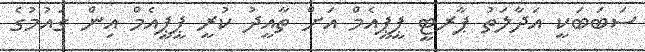
ސަބަބަކީ އަދާލަތު ޕާރޓީ ޕީޕީއެމް އަށް ތާއީދު ކުރީ ޕީޕީއެމް އިން ގައުމުގެ